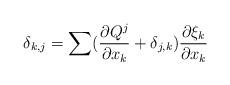
LaTeX: \begin{align*}\delta_{k,j}=\sum (\frac {\partial Q^{j}}{\partial x_{k}}+\delta_{j,k})\frac {\partial \xi_{k}}{\partial x_{k}}\end{align*}